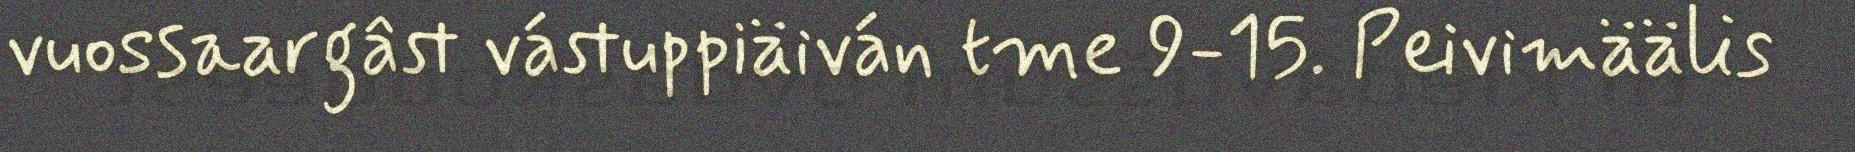
vuossaargâst vástuppiäiván tme 9-15. Peivimäälis